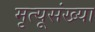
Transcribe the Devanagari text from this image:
मृत्यूसंख्या